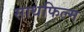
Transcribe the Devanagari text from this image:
साथफिल्म